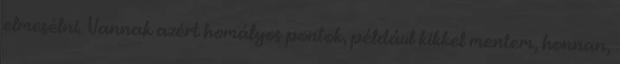
elmesélni. Vannak azért homályos pontok, például kikkel mentem, honnan,